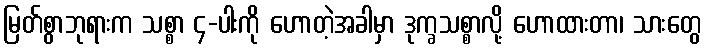
မြတ်စွာဘုရားက သစ္စာ ၄-ပါးကို ဟောတဲ့အခါမှာ ဒုက္ခသစ္စာလို့ ဟောထားတာ၊ သားတွေ